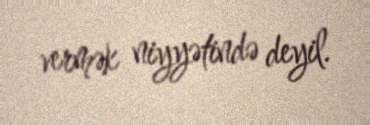
vermək niyyətində deyil.